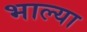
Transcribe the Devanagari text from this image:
भाल्या